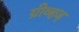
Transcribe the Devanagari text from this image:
ग्रीव्हज्